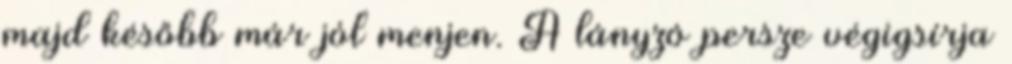
majd később már jól menjen. A lányzó persze végigsírja